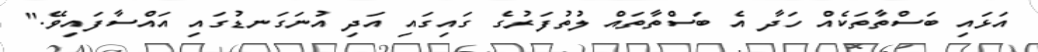
އަޅައި ބަސްތާތަކެއް ހަދާ އެ ބަސްތާތައް ލުތުފަރުގެ ގައިގައި އަދި އުނަގަނޑުގައި އައްސާފައިވޭ."